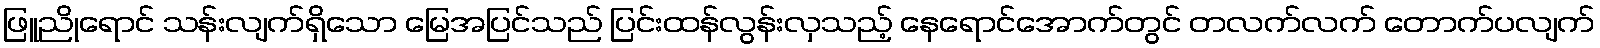
ဖြူညိုရောင် သန်းလျက်ရှိသော မြေအပြင်သည် ပြင်းထန်လွန်းလှသည့် နေရောင်အောက်တွင် တလက်လက် တောက်ပလျက်